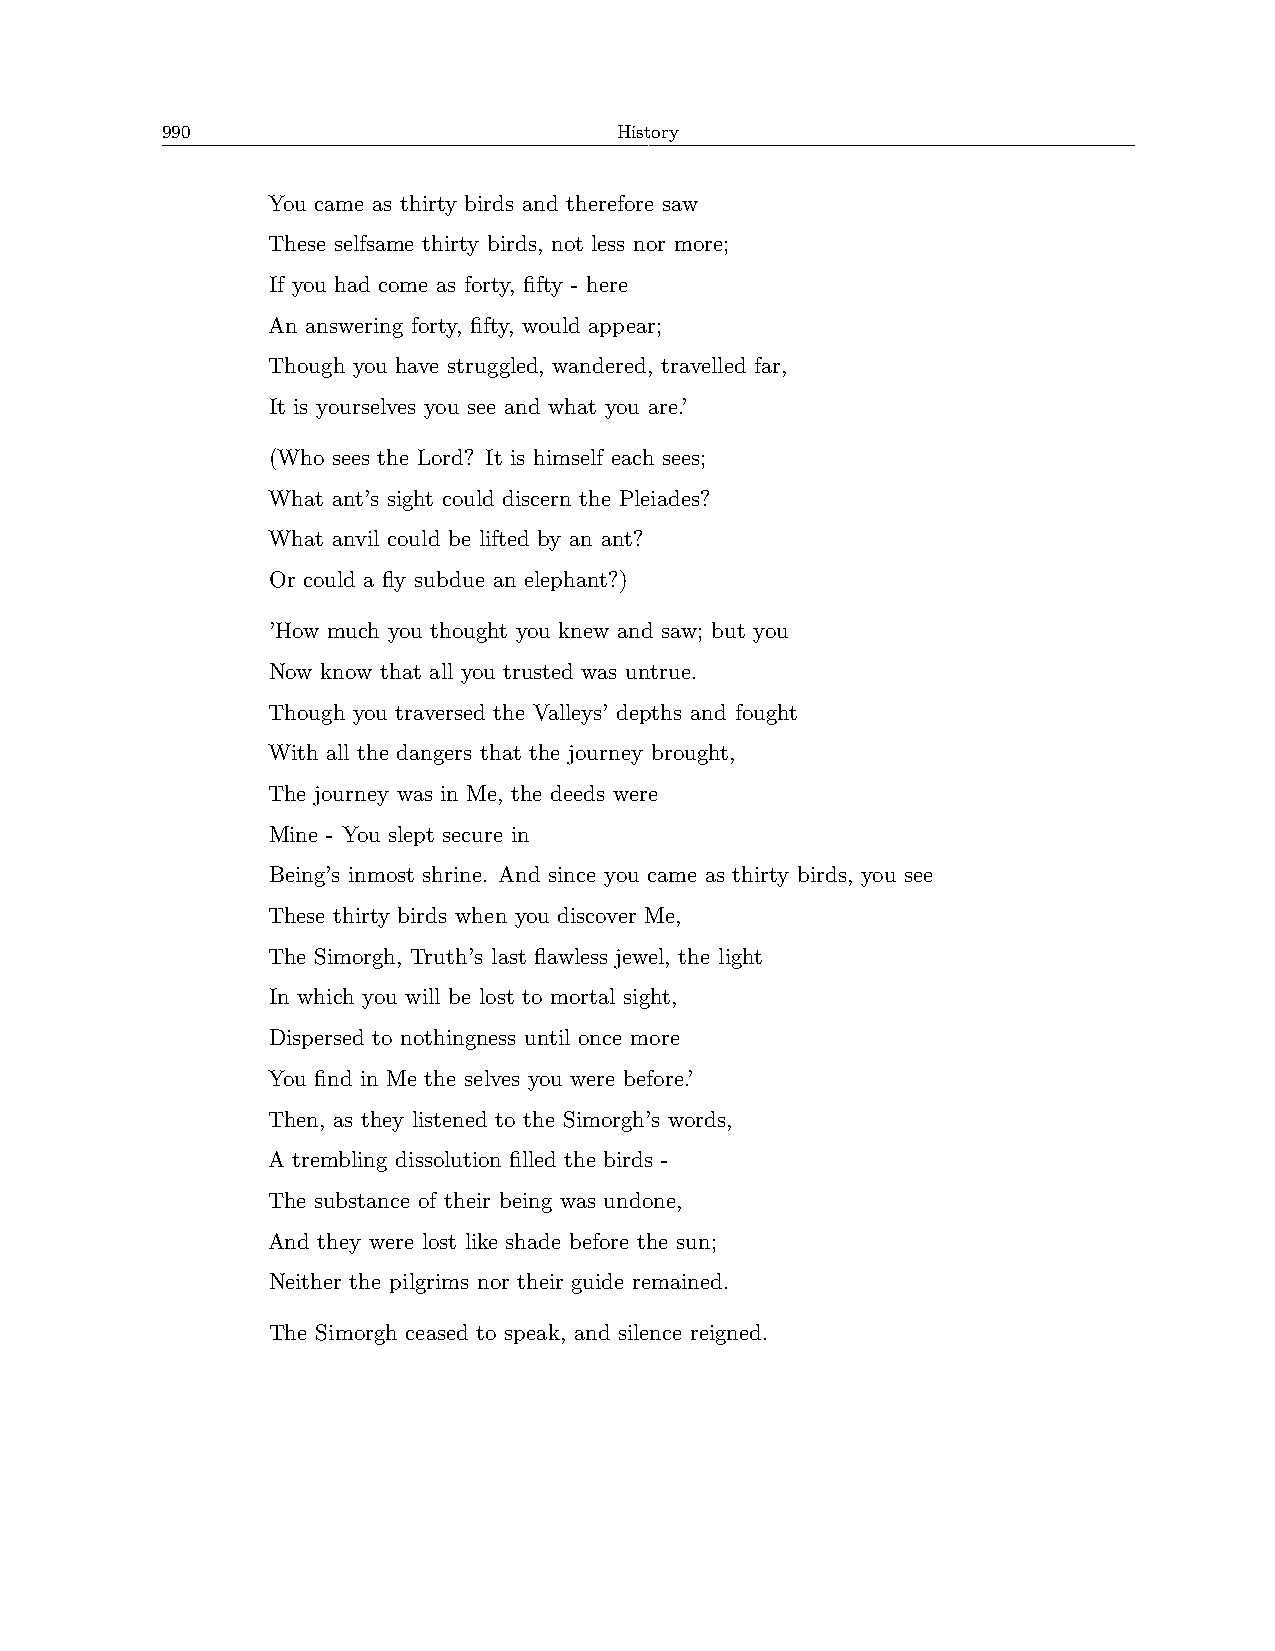
990                           History
 You came as thirty birds and therefore saw
 These selfsame thirty birds, not less nor more;
 If you had come as forty, fifty - here
 An answering forty, fifty, would appear;
 Though you have struggled, wandered, travelled far,
 It is yourselves you see and what you are.’
 (Who sees the Lord? It is himself each sees;
 What ant’s sight could discern the Pleiades?
 What anvil could be lifted by an ant?
 Or could a fly subdue an elephant?)
 ’How much you thought you knew and saw; but you
 Now know that all you trusted was untrue.
 Though you traversed the Valleys’ depths and fought
 With all the dangers that the journey brought,
 The journey was in Me, the deeds were
 Mine - You slept secure in
 Being’s inmost shrine. And since you came as thirty birds, you see
 These thirty birds when you discover Me,
 The Simorgh, Truth’s last flawless jewel, the light
 In which you will be lost to mortal sight,
 Dispersed to nothingness until once more
 You find in Me the selves you were before.’
 Then, as they listened to the Simorgh’s words,
 A trembling dissolution filled the birds -
 The substance of their being was undone,
 And they were lost like shade before the sun;
 Neither the pilgrims nor their guide remained.
 The Simorgh ceased to speak, and silence reigned.